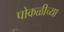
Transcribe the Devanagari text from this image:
पोकळीच्‍या